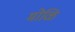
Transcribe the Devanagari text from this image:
मोळि